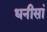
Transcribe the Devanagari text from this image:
धनीसां